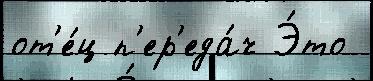
от'е́ц п'ер'еда́ч Э́то